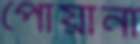
পোয়ানা